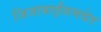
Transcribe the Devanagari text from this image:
जिजाबाईंसमवेत